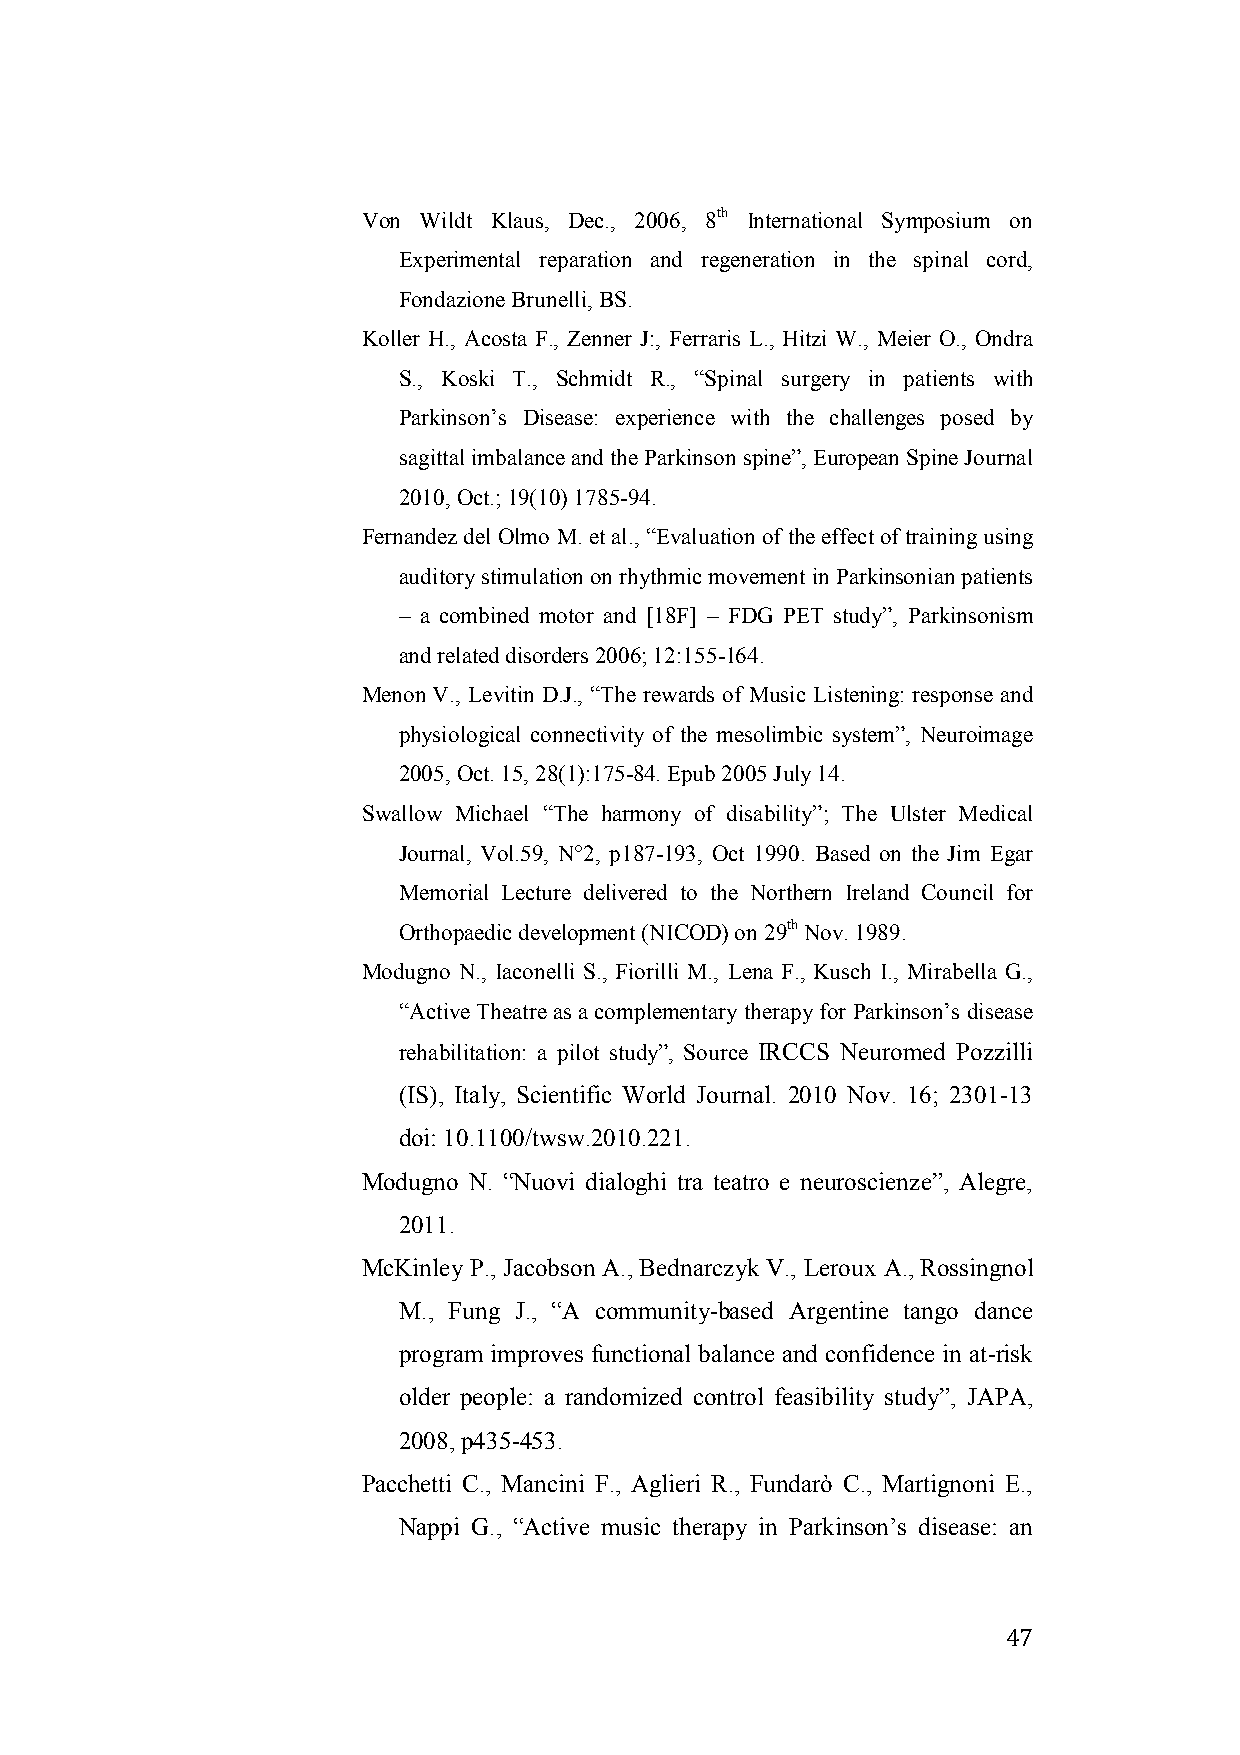
Von Wildt Klaus, Dec., 2006, 8th International Symposium on
 Experimental reparation and regeneration in the spinal cord,
 Fondazione Brunelli, BS.
 Koller H., Acosta F., Zenner J:, Ferraris L., Hitzi W., Meier O., Ondra
 S., Koski T., Schmidt R., “Spinal surgery in patients with
 Parkinson’s Disease: experience with the challenges posed by
 sagittal imbalance and the Parkinson spine”, European Spine Journal
 2010, Oct.; 19(10) 1785-94.
 Fernandez del Olmo M. et al., “Evaluation of the effect of training using
 auditory stimulation on rhythmic movement in Parkinsonian patients
 – a combined motor and [18F] – FDG PET study”, Parkinsonism
 and related disorders 2006; 12:155-164.
 Menon V., Levitin D.J., “The rewards of Music Listening: response and
 physiological connectivity of the mesolimbic system”, Neuroimage
 2005, Oct. 15, 28(1):175-84. Epub 2005 July 14.
 Swallow Michael “The harmony of disability”; The Ulster Medical
 Journal, Vol.59, N°2, p187-193, Oct 1990. Based on the Jim Egar
 Memorial Lecture delivered to the Northern Ireland Council for
 Orthopaedic development (NICOD) on 29th Nov. 1989.
 Modugno N., Iaconelli S., Fiorilli M., Lena F., Kusch I., Mirabella G.,
 “Active Theatre as a complementary therapy for Parkinson’s disease
 rehabilitation: a pilot study”, Source IRCCS Neuromed Pozzilli
 (IS), Italy, Scientific World Journal. 2010 Nov. 16; 2301-13
 doi: 10.1100/twsw.2010.221.
 Modugno N. “Nuovi dialoghi tra teatro e neuroscienze”, Alegre,
 2011.
 McKinley P., Jacobson A., Bednarczyk V., Leroux A., Rossingnol
 M., Fung J., “A community-based Argentine tango dance
 program improves functional balance and confidence in at-risk
 older people: a randomized control feasibility study”, JAPA,
 2008, p435-453.
 Pacchetti C., Mancini F., Aglieri R., Fundarò C., Martignoni E.,
 Nappi G., “Active music therapy in Parkinson’s disease: an
 47